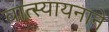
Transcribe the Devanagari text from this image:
वात्स्यायनाने